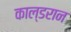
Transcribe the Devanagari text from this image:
काल्डरान